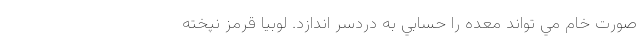
صورت خام مي تواند معده را حسابي به دردسر اندازد. لوبيا قرمز نپخته